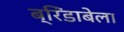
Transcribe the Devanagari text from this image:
ब्रिंडाबेला